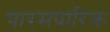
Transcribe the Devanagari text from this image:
पारमपारिक